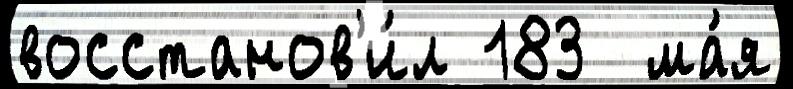
восстанов'и́л 183  ма́я